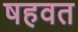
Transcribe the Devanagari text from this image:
षहवत